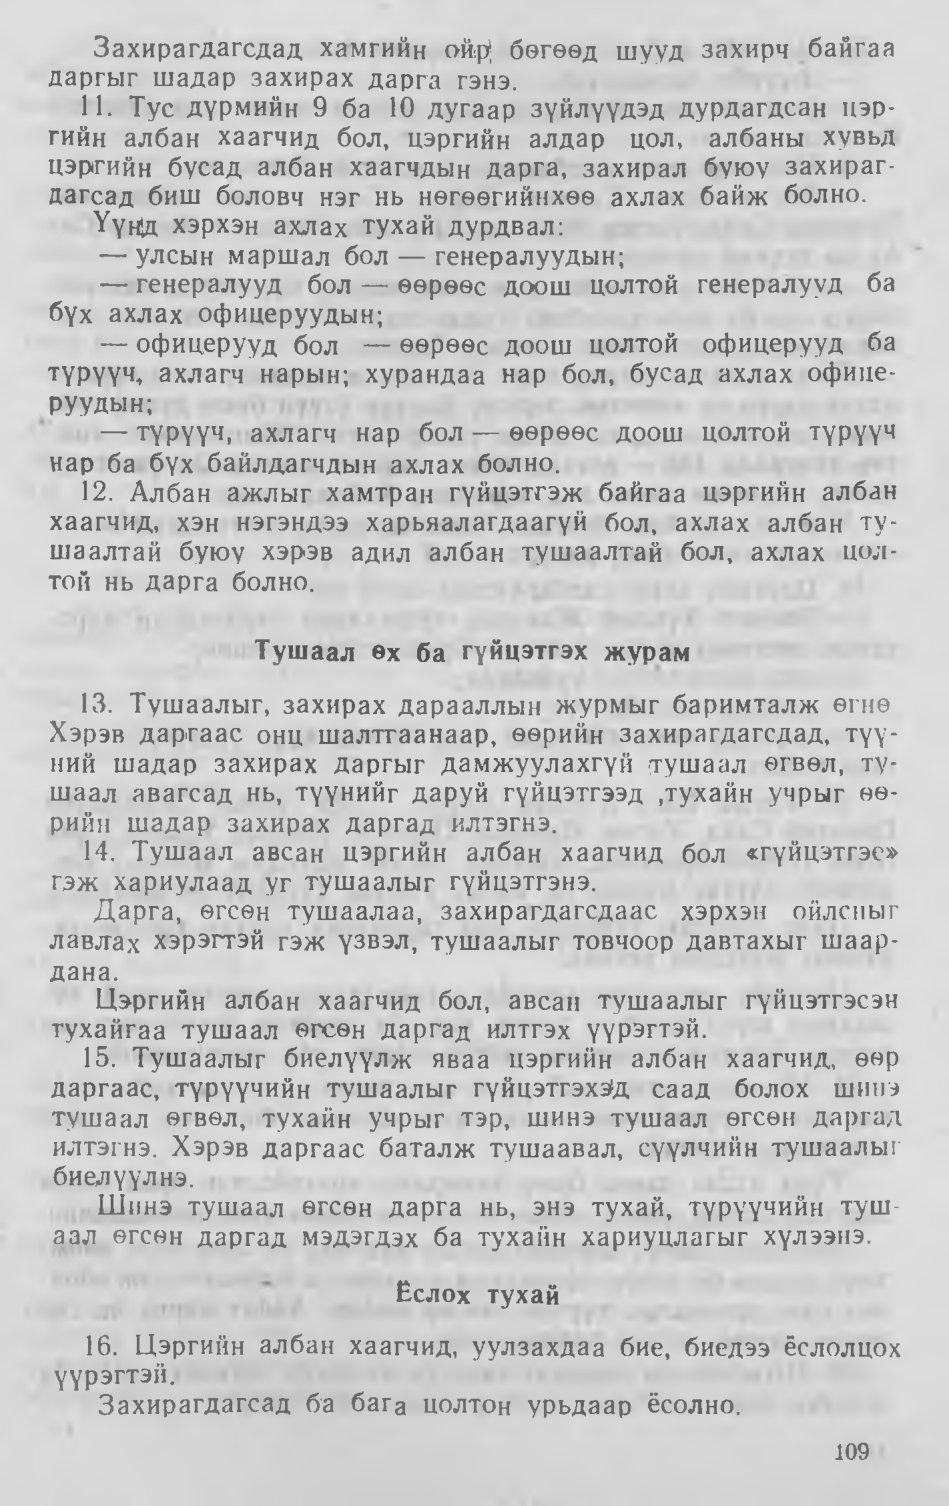
Language: mn